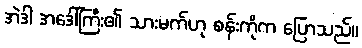
အဲဒါ အဒေါ်ကြီး၏ သားမက်ဟု စန်းကိုက ပြောသည်။